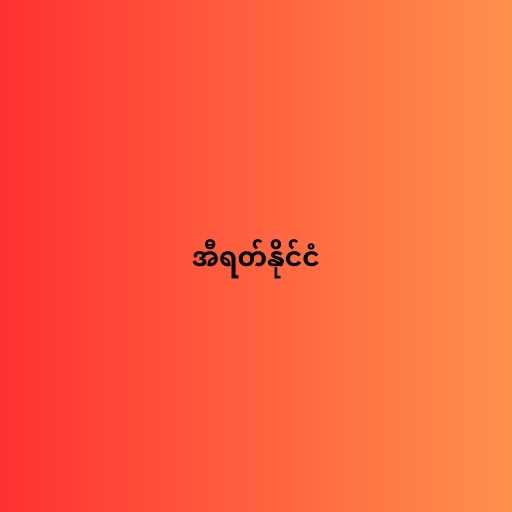
အီရတ်နိုင်ငံ